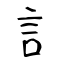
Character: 言